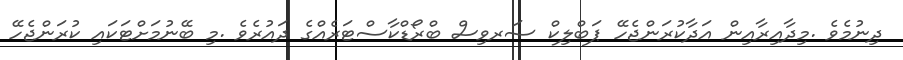
ދިނުމެވެ .މިދާއިރާއިން އަދާކުރަންޖެހޭ ޕަބްލިކް ސަރވިސް ބްރޯޑްކާސްޓަރެއްގެ ދައުރެވެ .މި ބޭނުމަށްޓަކައި ކުރަންޖެހޭ